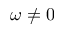
\omega \neq 0